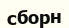
сборн